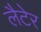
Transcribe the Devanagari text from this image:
लैटेर